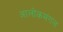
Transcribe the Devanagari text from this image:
आलोकमंगल